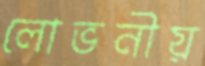
লোভনীয়